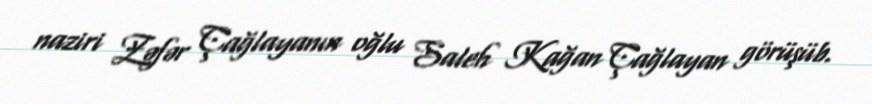
naziri Zəfər Çağlayanın oğlu Saleh Kağan Çağlayan görüşüb.